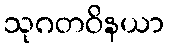
သုဂတဝိနယာ